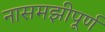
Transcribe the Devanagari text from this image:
नासमझीपूर्ण